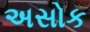
અસોક